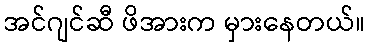
အင်ဂျင်ဆီ ဖိအားက မှားနေတယ်။